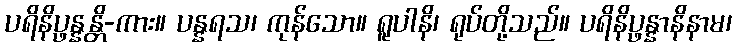
ပရိနိပ္ဖန္နန္တိ-ကား။ ပန္နရသ၊ ကုန်သော။ ရူပါနိ၊ ရုပ်တို့သည်။ ပရိနိပ္ဖန္နာနိနာမ၊